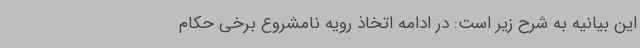
این بیانیه به شرح زیر است: در ادامه اتخاذ رویه نامشروع برخی حکام